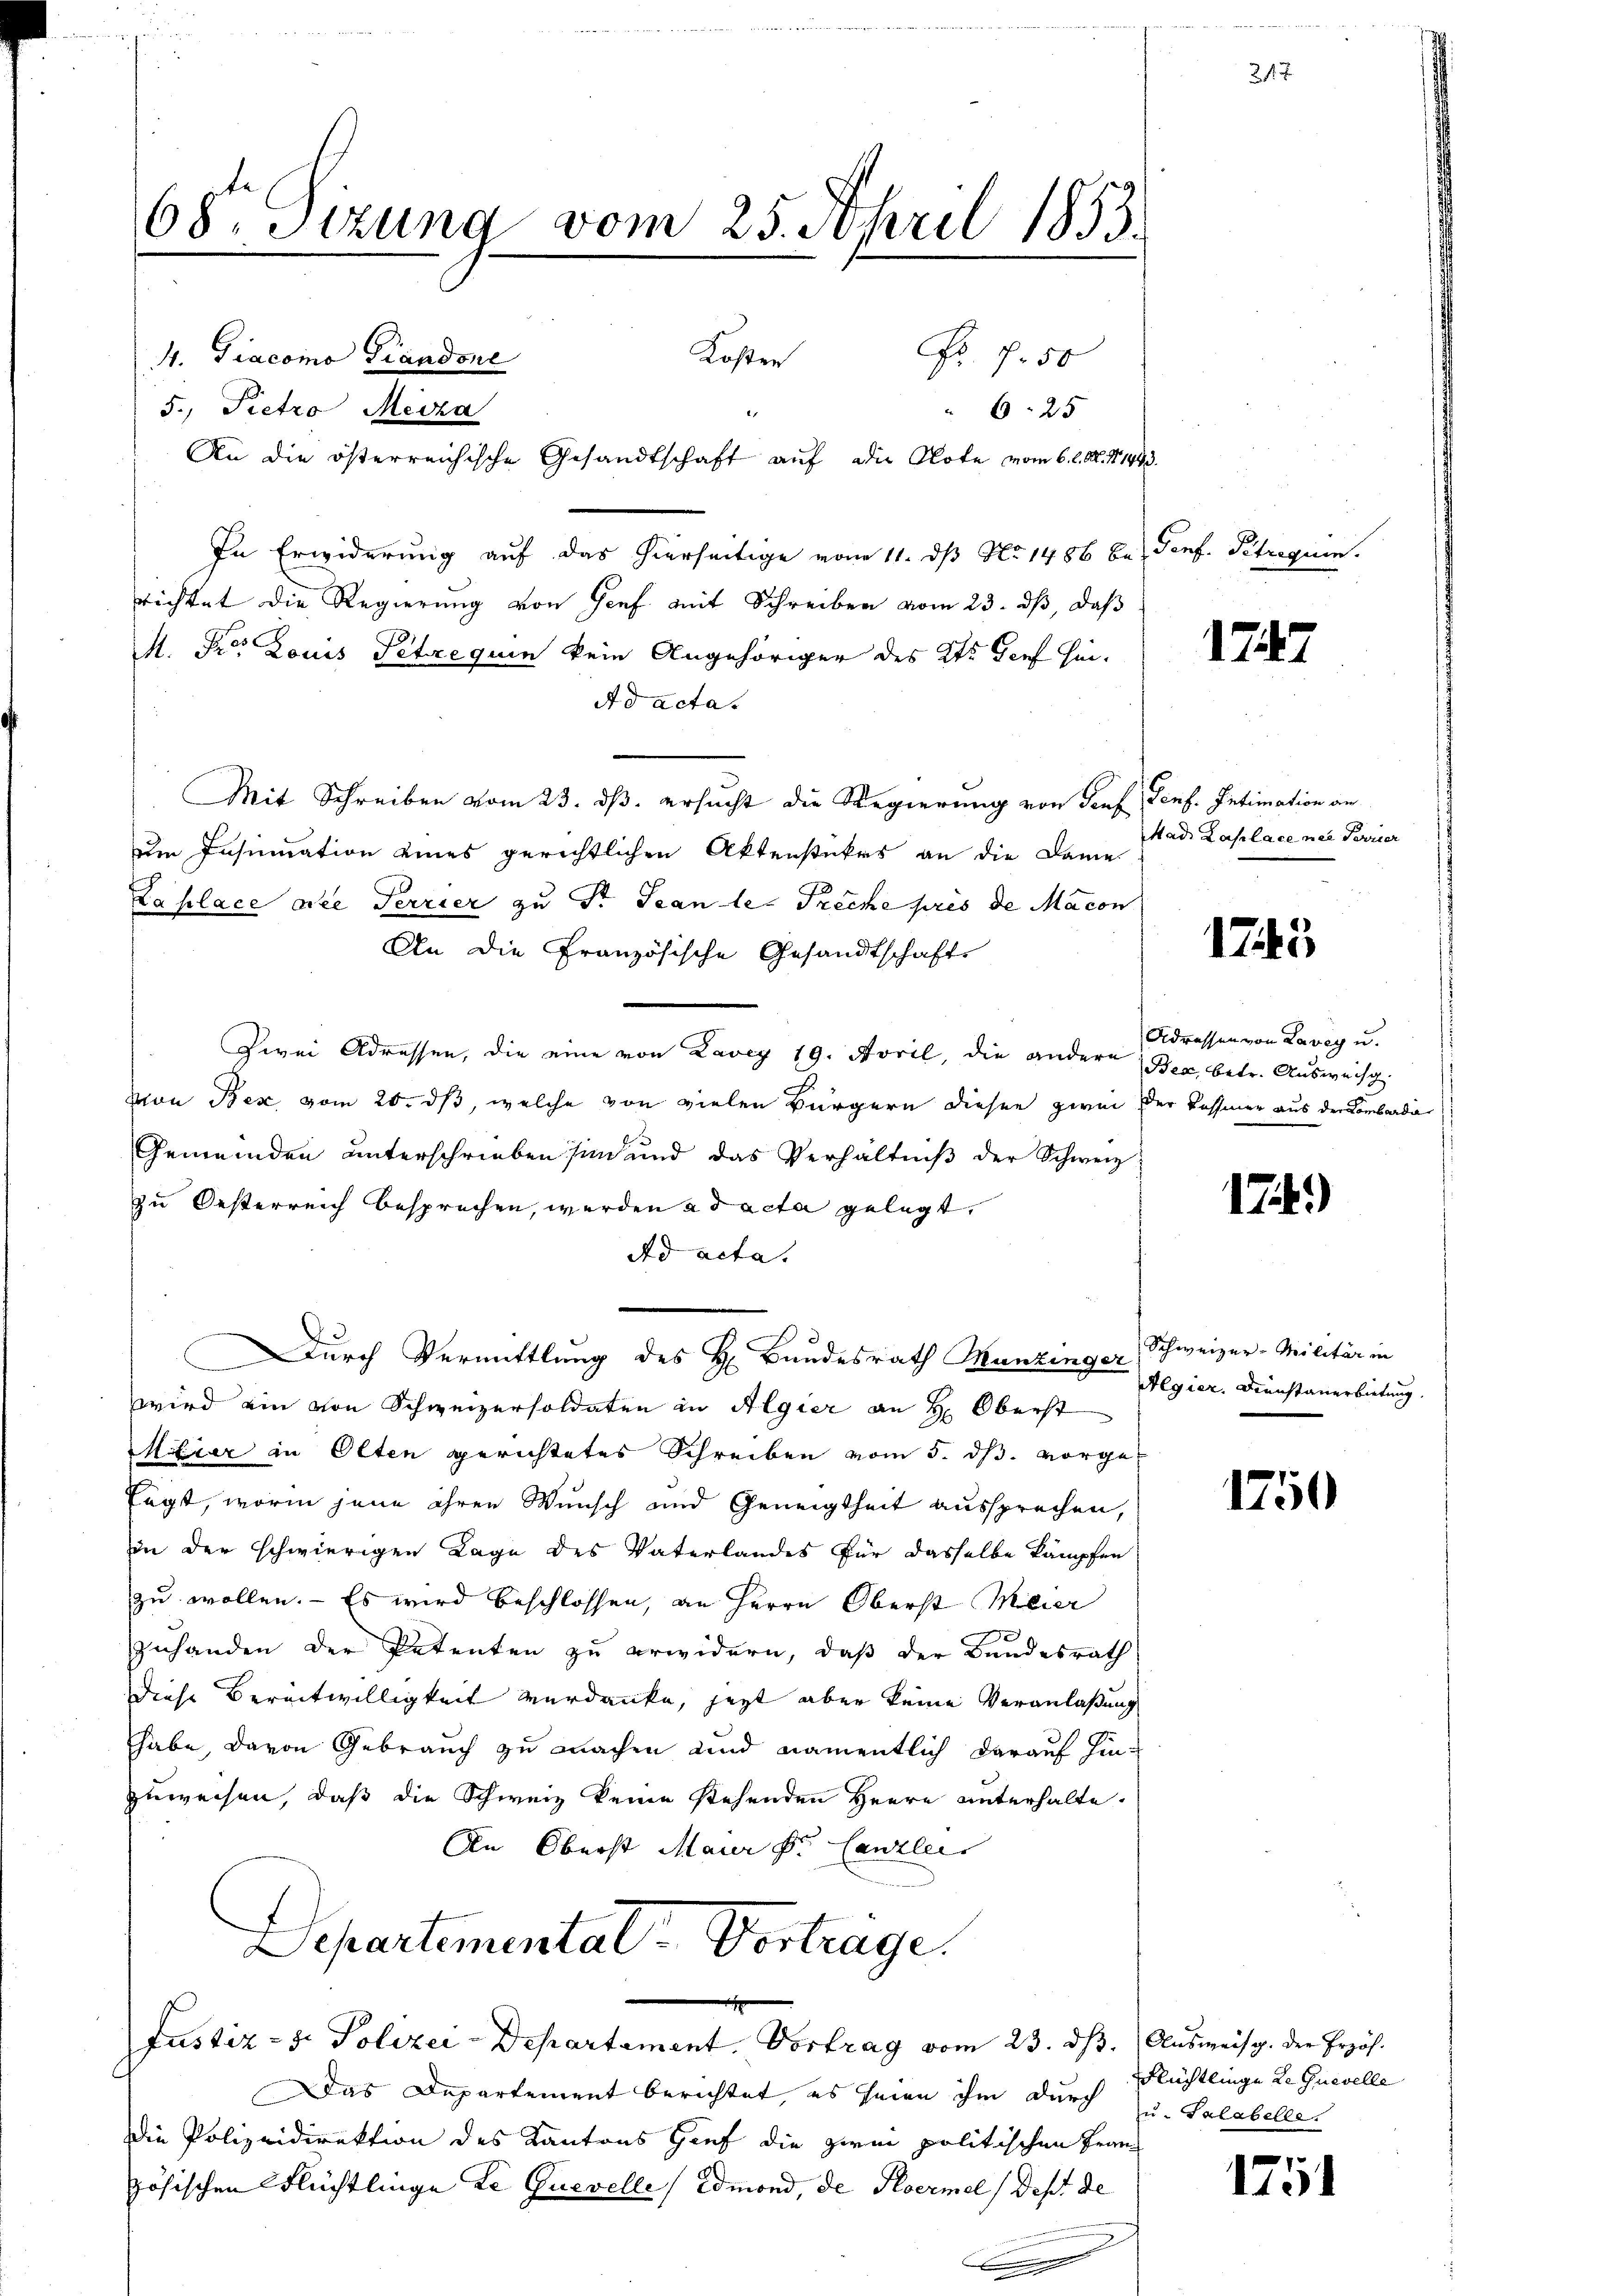
68. Sizung vom 25. April 1853.
Koster Fr. 750
4. Giacomo Piandone
5., Pietro Meiza
625
An die österreichische Gesandtschaft auf die Note vom 6. l. M. d. 1493.

In Erwiderung auf das hierseitige von 11. dß No 1486 be- Genf. Titrequen
richtet die Regierung von Genf mit Schreiben vom 23. dβ, daß
M. Pr. Louis Petrequin kein Angehöriger des Kts. Torf hin-
Ad acta.
Mit Schreiben vom 23. ds. ersucht die Regierung von Senf, Genf. Intimation an
um Insumation eines gerichtlichen Aktenstückes an die Dame
Laplace die Terrier zu Sr. Jean le Preche pris de Macon
An die Französische Gesandtschaft
Zwei Adressen, die eine von Lavey 19. April, die andere Bex betr. Ausweisg
von Bex vom 20. ds, welche von vielen Bürgern diesen zwei der Kassiner aus der Lombardi
Gemeinden unterschrieben sind und das Verhältniβ der Schweiz
zu Oesterreich besprechen, werden ad acta gelegt,
Ad acta.
Durch Vermittlung des H. Bundesrath Munzinger, Schweizer-Militär in
wird ein von Schweizersoldaten in Algier an H. Oberst
Mitrer in Olten gerichtetes Schreiben vom 5. ds. vorge¬
Eügt, worin jene ihren Wunsch und Geneigtheit aussprechen,
in der schwierigen Lage des Vaterlandes für dasselbe kämpfen
zu wollen. — Es wird beschlossen, an Herrn Oberst Meier
Zuhanden der Petenten zu erwidern, daß der Bundesrath
Diese Bereitwilligkeit verdanke, jezt aber keine Veranlaßung
habe, davon Gebrauch zu machen und namentlich darauf hinzuweisen, daß die Schweiz keine stehenden Herrn unterhalte.
An Oberst Mauer Hr. Canzlei
Departemental-Vortrage.

Justiz- & Polizei-Departament. Vortrag vom 23. dβ. Aŭsweisg. der Erzäh

Das Departement berichtet, es seien ihm durch u. Salabelle
die Polizeidirektion des Kantons Genf die zwei politischen Fran
zösischen Flüchtlinge Le Quevelle (Edmond, de Hoermel (des de

217

1747

Mad. Laplace nie Terrier

1745

Adressen von Lavey u.

17.)

Aegier. Dienstanerbietung.

1750

Flüchtlinge de Guevelle

1751